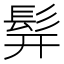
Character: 𬴧